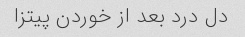
دل درد بعد از خوردن پیتزا